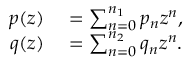
\begin{array} { r l } { p ( z ) } & { { } = \sum _ { n = 0 } ^ { n _ { 1 } } p _ { n } z ^ { n } , } \\ { q ( z ) } & { { } = \sum _ { n = 0 } ^ { n _ { 2 } } q _ { n } z ^ { n } . } \end{array}